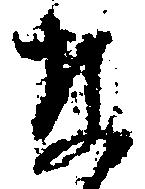
な